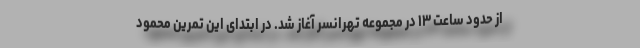
از حدود ساعت ۱۳ در مجموعه تهرانسر آغاز شد. در ابتدای این تمرین محمود